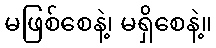
မဖြစ်စေနဲ့၊ မရှိစေနဲ့။